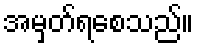
အမှတ်ရစေသည်။